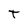
Character: t